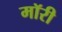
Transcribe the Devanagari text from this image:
मॉरी